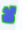
لا